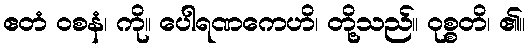
ဧတံ ဝစနံ၊ ကို။ ပေါရဏကေဟိ၊ တို့သည်။ ဝုစ္စတိ၊ ၏။